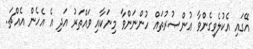
އޭގައި އެކުލެވިގެންވާ ޢުންޞުރުތައް ހުންނަންވާ މިނަކާއި ވައްތަރު އަދި އެ އެހެން އެއްޗަ..